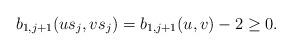
LaTeX: \begin{align*}b_{1, j+1}(us_j,vs_j)=b_{1, j+1}(u,v)-2\geq 0.\end{align*}